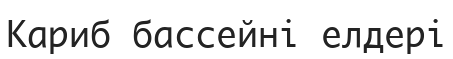
Кариб бассейні елдері